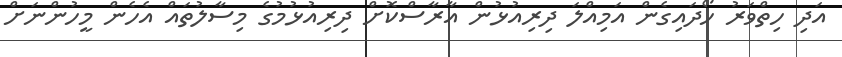
އަދި ހިތްވަރު ހޯދައިގެން އަމިއްލަ ދިރިއުޅުން އާރާސްކޮށް ދިރިއުޅުމުގެ މިސާލުތައް އެހެން މީހުންނަށް